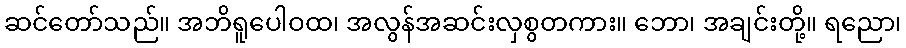
ဆင်တော်သည်။ အဘိရူပေါဝထ၊ အလွန်အဆင်းလှစွတကား။ ဘော၊ အချင်းတို့။ ရညော၊